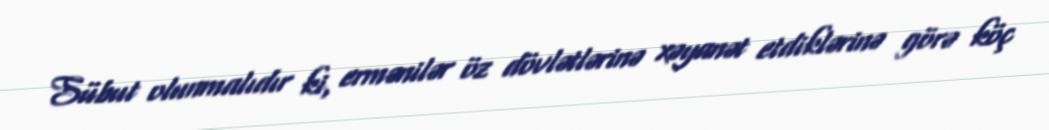
Sübut olunmalıdır ki, ermənilər öz dövlətlərinə xəyanət etdiklərinə görə köç